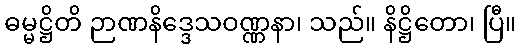
ဓမ္မဋ္ဌိတိ ဉာဏနိဒ္ဒေသဝဏ္ဏနာ၊ သည်။ နိဋ္ဌိတော၊ ပြီ။